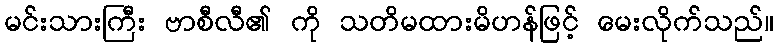
မင်းသားကြီး ဗာစီလီ၏ ကို သတိမထားမိဟန်ဖြင့် မေးလိုက်သည်။